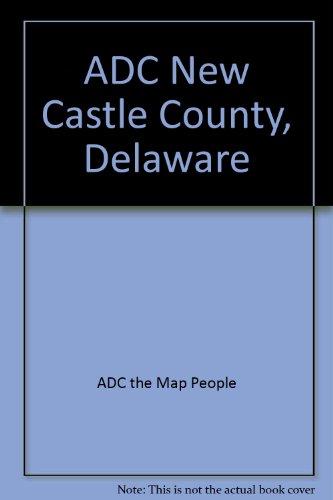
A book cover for New Castle County, Delaware Street Map Book; ADC the Map People; Travel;